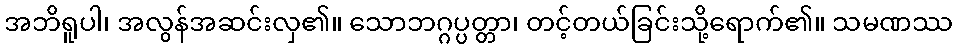
အဘိရူပါ၊ အလွန်အဆင်းလှ၏။ သောဘဂ္ဂပ္ပတ္တာ၊ တင့်တယ်ခြင်းသို့ရောက်၏။ သမဏဿ